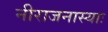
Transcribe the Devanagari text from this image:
नीराजनास्याः